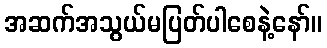
အဆက်အသွယ်မပြတ်ပါစေနဲ့နော်။